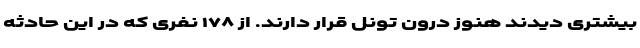
بیشتری دیدند هنوز درون تونل قرار دارند. از ۱۷۸ نفری که در این حادثه